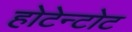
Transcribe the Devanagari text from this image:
होटेन्टोट